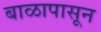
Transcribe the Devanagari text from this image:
बाळापासून